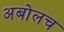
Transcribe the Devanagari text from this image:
अबोलच